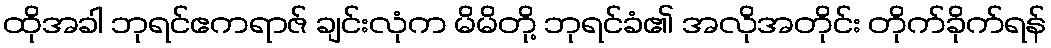
ထိုအခါ ဘုရင်ဧကရာဇ် ချင်းလုံက မိမိတို့ ဘုရင်ခံ၏ အလိုအတိုင်း တိုက်ခိုက်ရန်